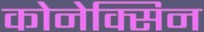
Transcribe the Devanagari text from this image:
कोनेक्सिन